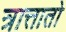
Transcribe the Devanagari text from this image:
त्रात्तातो